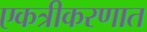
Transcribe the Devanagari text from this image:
एकत्रीकरणात